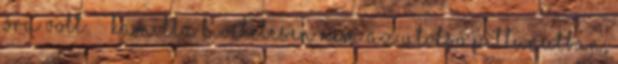
óra volt. Kamilla kivételesen nem az utolsó pillanatban,